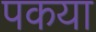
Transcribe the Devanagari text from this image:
पकया